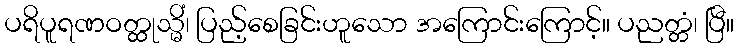
ပရိပူရဏဝတ္ထုသ္မိံ၊ ပြည့်စေခြင်းဟူသော အကြောင်းကြောင့်။ ပညတ္တံ၊ ပြီ။